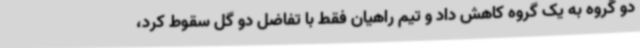
دو گروه به یک گروه کاهش داد و تیم راهیان فقط با تفاضل دو گل سقوط کرد،